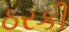
ઠરકી